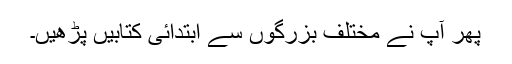
پھر آپ نے مختلف بزرگوں سے ابتدائی کتابیں پڑھیں۔